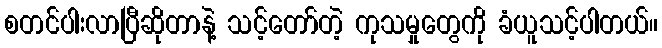
စတင်ပါးလာပြီဆိုတာနဲ့ သင့်တော်တဲ့ ကုသမှုတွေကို ခံယူသင့်ပါတယ်။